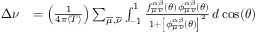
\begin{array} { r l } { \Delta \nu } & { = \left( \frac { 1 } { 4 \pi \langle T \rangle } \right) \sum _ { \overline { { \mu } } , \overline { { \nu } } } \int _ { - 1 } ^ { 1 } \frac { f _ { \overline { { \mu } } \, \overline { { \nu } } } ^ { \alpha \beta } ( \theta ) \, \phi _ { \overline { { \mu } } \, \overline { { \nu } } } ^ { \alpha \beta } ( \theta ) } { 1 + \left[ \phi _ { \overline { { \mu } } \, \overline { { \nu } } } ^ { \alpha \beta } ( \theta ) \right] ^ { 2 } } \, d \cos ( \theta ) } \end{array}